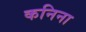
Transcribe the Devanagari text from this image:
कनिना